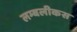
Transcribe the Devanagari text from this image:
लम्बलीकस